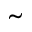
\tilde { }